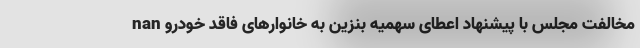
nan مخالفت مجلس با پیشنهاد اعطای سهمیه بنزین به خانوارهای فاقد خودرو